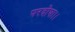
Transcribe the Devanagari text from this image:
परदोषा।।